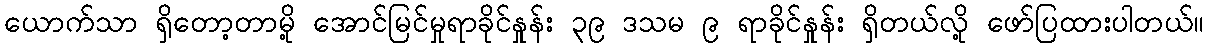
ယောက်သာ ရှိတော့တာမို့ အောင်မြင်မှုရာခိုင်နှုန်း ၃၉ ဒသမ ၉ ရာခိုင်နှုန်း ရှိတယ်လို့ ဖော်ပြထားပါတယ်။